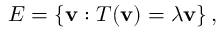
E = \left\{ \mathbf { v } : T ( \mathbf { v } ) = \lambda \mathbf { v } \right\} ,